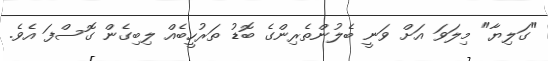
"ގަލިޔާ" މިލަވަ އަށް ވަނީ ބެލުންތެރިންގެ ބޮޑު ތަރުހީބެއް ލިބިގެން ގޮސްފަ އެވެ.